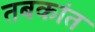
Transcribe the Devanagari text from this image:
तबकांत